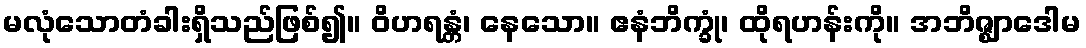
မလုံသောတံခါးရှိသည်ဖြစ်၍။ ဝိဟရန္တံ၊ နေသော။ ဧနံဘိက္ခုံ၊ ထိုရဟန်းကို။ အဘိဇ္ဈာဒေါမ